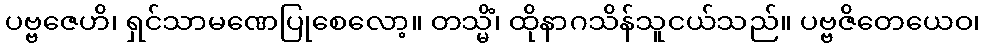
ပဗ္ဗဇေဟိ၊ ရှင်သာမဏေပြုစေလော့။ တသ္မိံ၊ ထိုနာဂသိန်သူငယ်သည်။ ပဗ္ဗဇိတေယေဝ၊